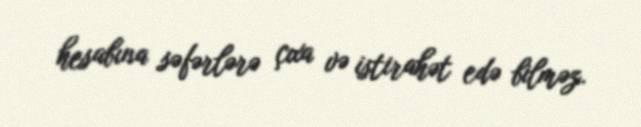
hesabına səfərlərə çıxa və istirahət edə bilməz.